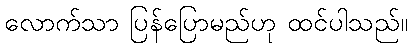
လောက်သာ ပြန်ပြောမည်ဟု ထင်ပါသည်။